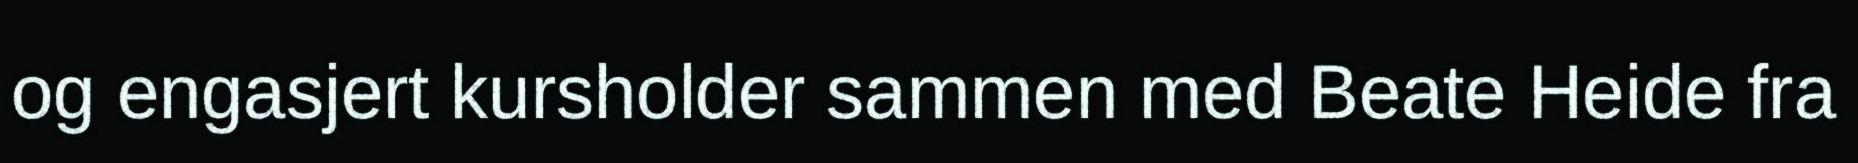
og engasjert kursholder sammen med Beate Heide fra